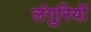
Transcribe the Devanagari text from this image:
लंगुरियों